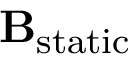
{ \bf B } _ { \mathrm { s t a t i c } }